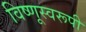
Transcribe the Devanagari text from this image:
विष्णूस्वरूपी